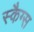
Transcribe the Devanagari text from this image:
स्कैग्स